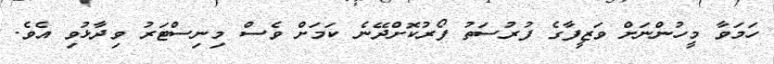
ހަމަވާ މީހުންނަށް ވަޒީފާގެ ފުރުސަތު ފޯރުކޮށްދޭނެ ކަމަށް ވެސް މިނިސްޓަރު ވިދާޅުވި އެވެ.